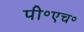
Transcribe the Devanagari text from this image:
पी॰एच॰